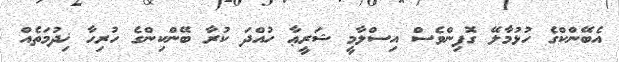
އެބޭންކްގެ ހުޅުމާލޭ ގޮފިންވެސް އިސްލާމީ ޝަރީޢާ ހުއްދަ ކުރާ ބޭންކިންގެ ހުރިހާ ޚިދުމަތެއް